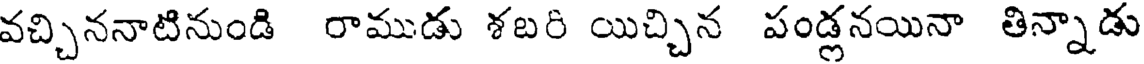
వచ్చిననాటినుండి రాముడు శబరి యిచ్చిన పండ్లనయినా తిన్నాడు